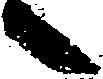
々